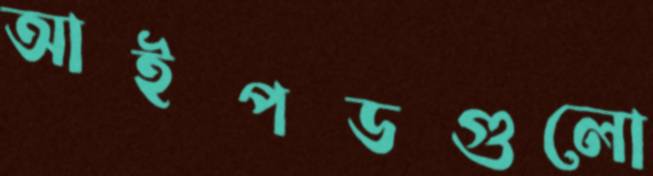
আইপডগুলো